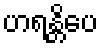
ဟရန္တိပေ